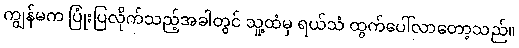
ကျွန်မက ပြုံးပြလိုက်သည့်အခါတွင် သူ့ထံမှ ရယ်သံ ထွက်ပေါ်လာတော့သည်။